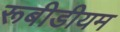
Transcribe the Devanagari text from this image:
रूबीडीयम